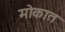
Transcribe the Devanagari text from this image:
मोकात